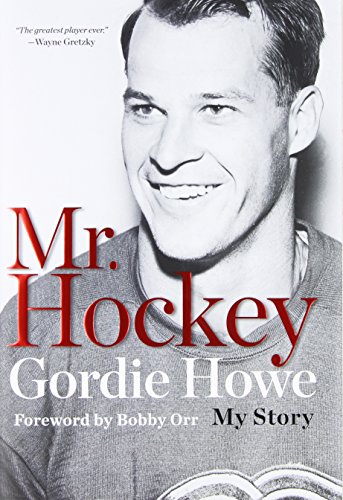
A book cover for Mr Hockey: The Autobiography Of Gordie Howe; Gordie Howe; Biographies & Memoirs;